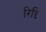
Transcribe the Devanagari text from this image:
रिद्दि